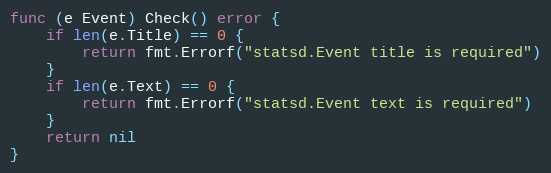
Language: Go
func (e Event) Check() error {
	if len(e.Title) == 0 {
		return fmt.Errorf("statsd.Event title is required")
	}
	if len(e.Text) == 0 {
		return fmt.Errorf("statsd.Event text is required")
	}
	return nil
}